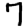
Digit: 7